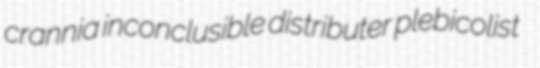
crannia inconclusible distributer plebicolist